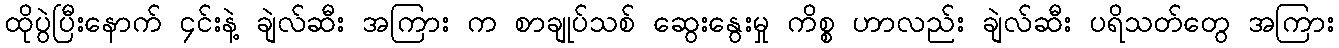
ထိုပွဲပြီးနောက် ၄င်းနဲ့ ချဲလ်ဆီး အကြား က စာချုပ်သစ် ဆွေးနွေးမှု ကိစ္စ ဟာလည်း ချဲလ်ဆီး ပရိသတ်တွေ အကြား